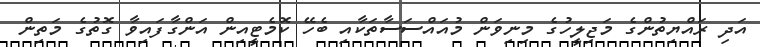
އަދި ރައްޔިތުންގެ މަޖިލީހުގެ މިނިވަން މުއައްސަސާތަކާއި ބެހޭ ކޮމެޓީއިން އަންގާފައިވާ ގޮތުގެ މަތިން